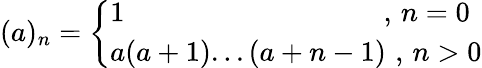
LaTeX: (a)_{n}=\left\{ \begin{array}{ll}{1\quad\quad\quad\quad\quad\quad\quad\quad\quad\, ,\, n=0}\\ {a(a+1)...(a+n-1)\, \, ,\, n>0}\end{array}\right.